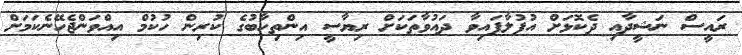
ރައީސް ނަޝީދާއި ދެކޮޅަށް އުފުލާފައިވާ ދައުވާތަކަށް ރިޔާސީ އިންތިހާބުގެ ކުރިން ހުކުމް އިއްވަންޖެހޭނެކަަމަށް